Medical and sanitary report of the native army of Madras for the year
Year: 1872
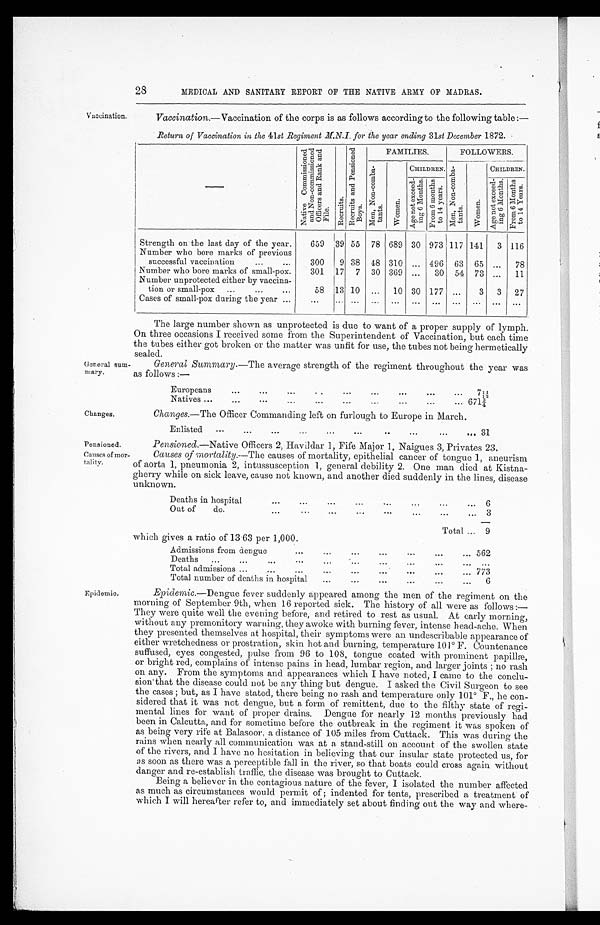
Changes.
Pensioned.
Causes of
mortotality.
28
MEDICAL AND SANITARY REPORT OF THE NATIVE ARMY OF MADRAS.
Vaccination.
Vaccination.—Vaccination of the corps is as follows according to the following table : —
Return of Vaccination in the 41 st Regiment M.N.I . for the year ending 31 st December 1872.
N a t i v e C o m m i s s i o n e d a n d N o n - c o m m i s s i o n e d O f f i c e r s a n d R a n k a n d F i l e .
R e c r u i t s .
R e c r u i t s a n d P e n s i o n e d B o y s .
FAMILIES.
FOLLOWERS.
N o n - c o m b a t a n t s .
W o m e n .
CHILDREN.
M e n , N o n - c o m b a t a n t s .
W o m e n .
CHILDREN.
A g e n o t e x c e e d i n g 6 M o n t h s . F r o m 6 m o n t h s t o 1 4 y e a r s .
A g e n o t e x c e e d i n g 6 M o n t h s .
F r o m 6 M o n t h s t o 1 4 Y e a r s .
Strength on the last day of the year
659
39 55
78 689 30 973 117 141
3 116
Number who bore marks of previous
successful vaccination
3 0 0 9 38
48 310 ... 496
63
65 ...
78
Number who bore marks of small-pox
301
17
7 30 369 ...
30
54 73 ...
11
Number unprotected either by vaccina
tion or small-pox
58
13 10
...
10 30 177 ...
3
3
27
Cases of small-pox during the year
...
... ...
...
...
...
...
...
...
...
...
General sum-
mary.
The large number shown as unprotected is due to want of a proper supply of lymph.
On three occasions I received some from the Superintendent of Vaccination, but each time
the tubes either got broken or the matter was unfit for use, the tubes not being hermetically
sealed.
General Summary.—The average strength of the regiment throughout the year was
as follows :—
Europeans
71\11\2
Natives
6 7 1 ¾
Changes.—The Officer Commanding left on furlough to Europe in March.
Enlisted
31
Pensioned. —Native Officers 2, Havildar 1, Fife Major 1, Naigues 3, Privates 23.
Causes of mortality.—The causes of mortality, epithelial cancer of tongue 1, aneurism
of aorta 1, pneumonia 2, intussusception 1, general debility 2. One man died at Kistna-
gherry while on sick leave, cause not known, and another died suddenly in the lines, disease
unknown.
Deaths in hospital
6
Out of do
3
Total
9
which gives a ratio of 13.63 per 1,000.
Admissions from dengue
562
D e a t h s
...
Total admissions
773
Total number of deaths in hospital
6
Epidemic.
Epidemic .—Dengue fever suddenly appeared among the men of the regiment on the
morning of September 9th, when 16 reported sick. The history of all were as follows :
— T h e y w e r e q u i t e w e l l t h e e v e n i n g b e f o r e , a n d r e t i r e d t o r e s t a s u s u a l . A t e a r l y m o r n i n g ,
without any premonitory warning, they awoke with burning fever, intense head-ache. When
they presented themselves at hospital, their symptoms were an undescribable appearance of
either wretchedness or prostration, skin hot and burning, temperature 101° F. Countenance
suffused, eyes congested, pulse from 96 to 108, tongue coated with prominent papillæ,
or bright red, complains of intense pains in head, lumbar region, and larger joints ; no rash
on any. From the symptoms and appearances which I have noted, I came to the conclu
sion that the disease could not be any thing but dengue. I asked the Civil Surgeon to see
the cases ; but, as I have stated, there being no rash and temperature only 101° F., he con
sidered that it was not dengue, but a form of remittent, due to the filthy state of regi
mental lines for want of proper drains. Dengue for nearly 12 months previously had
been in Calcutta, and for sometime before the outbreak in the regiment it was spoken of
as being very rife at Balasoor, a distance of 105 miles from Cuttack. This was during the
rains when nearly all communication was at a, stand-still on account of the swollen state
of the rivers, and I have no hesitation in believing that our insular state protected us, for
as soon as there was a perceptible fall in the river, so that boats could cross again without
danger and re-establish traffic, the disease was brought to Cuttack.
Being a believer in the. contagious nature of the fever, I isolated the number affected
as much as circumstances would permit of ; indented for tents, prescribed a treatment of
which I will hereafter refer to, and immediately set about finding out the way and where-